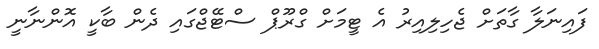
ފައިނަލާ ގާތަށް ޖެހިލިއިރު އެ ޓީމަށް ގްރޫޕް ސްޓޭޖްގައި ދެން ބާކީ އޮންނާނީ